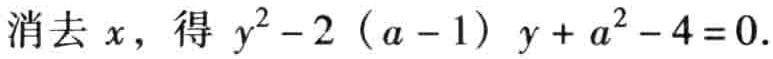
消去 \(x\)，得 \(y^{2}-2 (a - 1) y + a^{2}-4 = 0\).